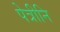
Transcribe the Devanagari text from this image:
पेत्रीनि